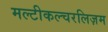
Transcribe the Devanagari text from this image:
मल्टीकल्चरलिज़म